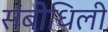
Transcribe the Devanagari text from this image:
संबोधिली